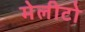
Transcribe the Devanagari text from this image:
मेलीटो